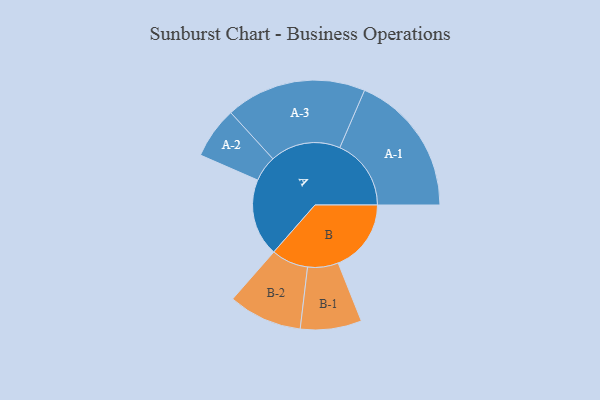
{"axis": {"x": "Segment", "y": "Value"}, "legend": ["", "A", "B"], "data": [{"x": "A", "y": 321, "type": ""}, {"x": "B", "y": 303, "type": ""}, {"x": "A-1", "y": 296, "type": "A"}, {"x": "A-2", "y": 107, "type": "A"}, {"x": "A-3", "y": 292, "type": "A"}, {"x": "B-1", "y": 127, "type": "B"}, {"x": "B-2", "y": 153, "type": "B"}]}